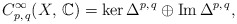
\begin{align*} C^{\infty}_{p,\,q}(X,\,\mathbb{C})= \ker\Delta^{p, \,q} _{}\oplus \operatorname{Im} \Delta^{p, \,q} _{}, \end{align*}